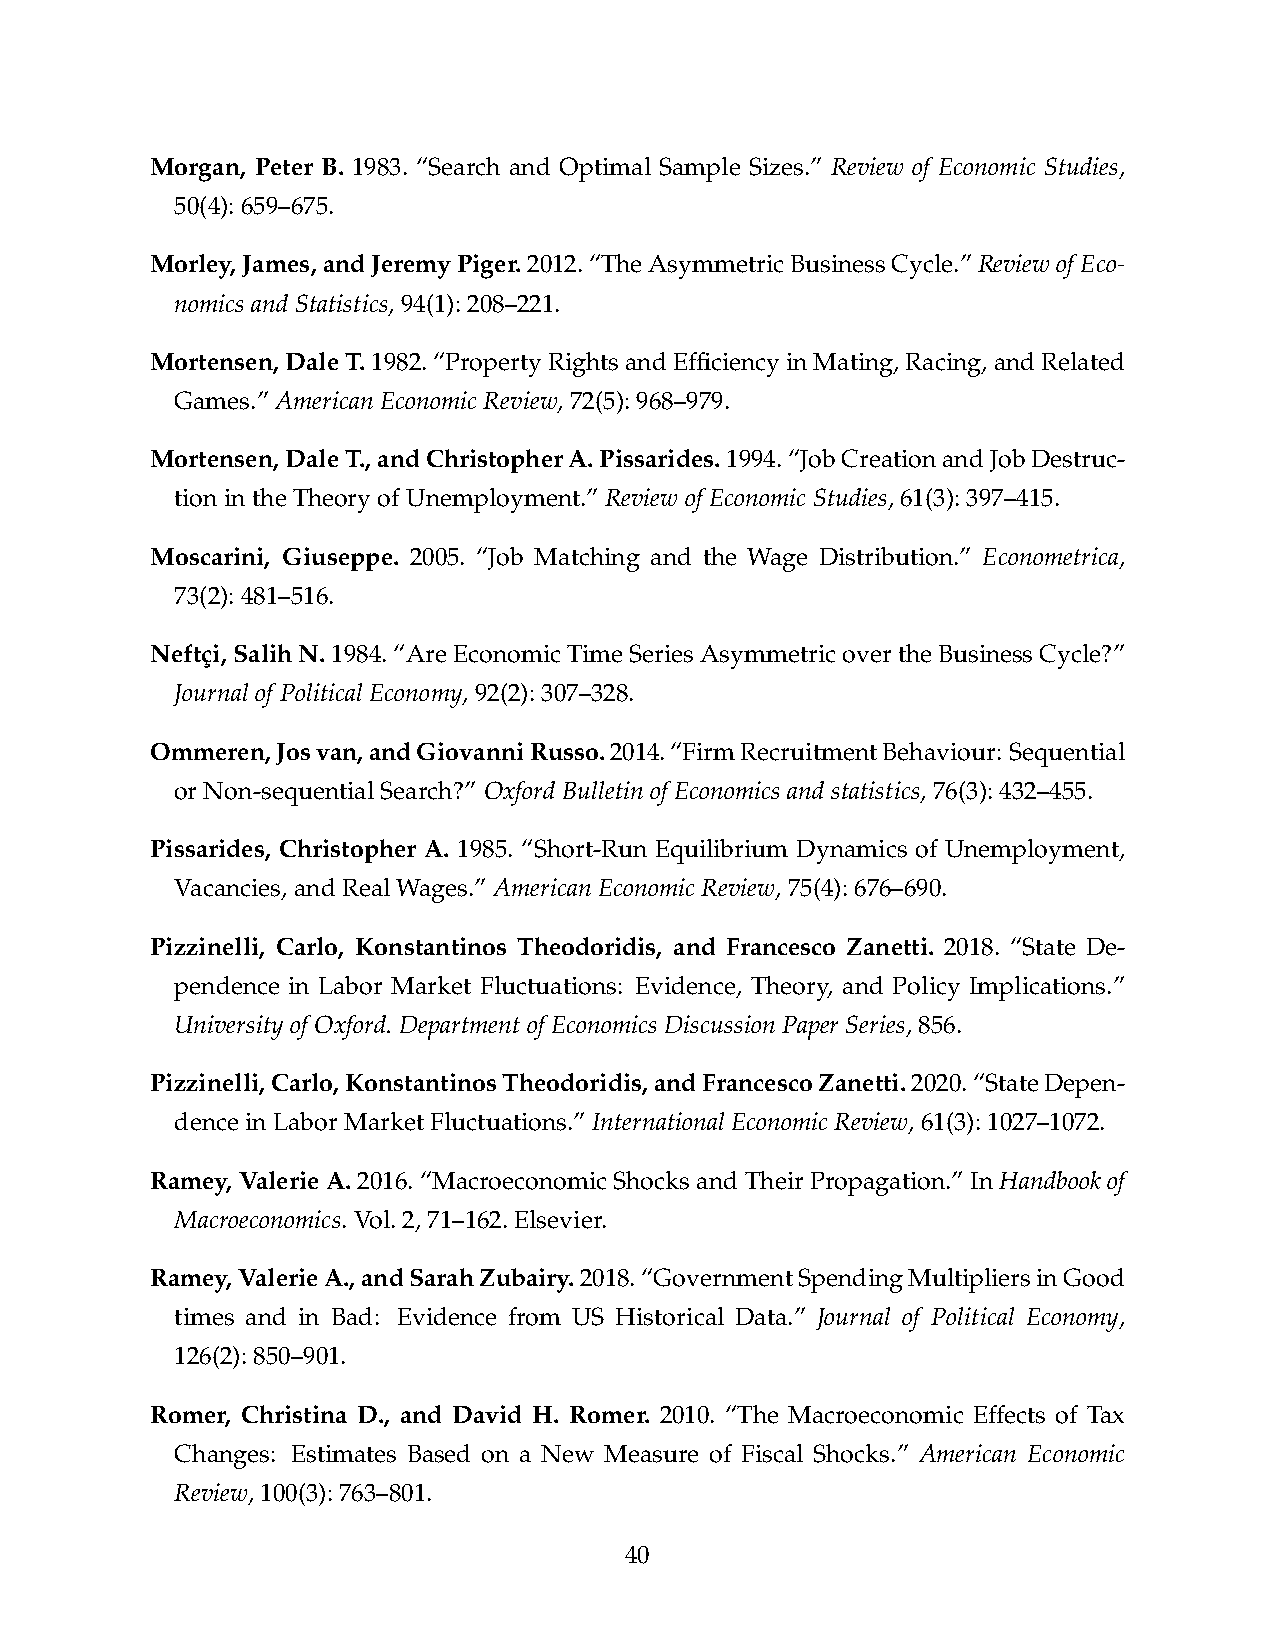
Morgan, Peter B. 1983. “Search and Optimal Sample Sizes.” Review of Economic Studies,
 50(4):659–675.
 Morley,James,andJeremyPiger.2012.“TheAsymmetricBusinessCycle.”ReviewofEco-
 nomicsandStatistics,94(1):208–221.
 Mortensen,DaleT.1982.“PropertyRightsandEfficiencyinMating,Racing,andRelated
 Games.”AmericanEconomicReview,72(5):968–979.
 Mortensen,DaleT.,andChristopherA.Pissarides.1994.“JobCreationandJobDestruc-
 tionintheTheoryofUnemployment.”ReviewofEconomicStudies,61(3):397–415.
 Moscarini, Giuseppe. 2005. “Job Matching and the Wage Distribution.” Econometrica,
 73(2):481–516.
 Neftçi,SalihN.1984.“AreEconomicTimeSeriesAsymmetricovertheBusinessCycle?”
 JournalofPoliticalEconomy,92(2):307–328.
 Ommeren,Josvan,andGiovanniRusso.2014.“FirmRecruitmentBehaviour: Sequential
 orNon-sequentialSearch?” OxfordBulletinofEconomicsandstatistics,76(3):432–455.
 Pissarides, Christopher A. 1985. “Short-Run Equilibrium Dynamics of Unemployment,
 Vacancies,andRealWages.”AmericanEconomicReview,75(4):676–690.
 Pizzinelli, Carlo, Konstantinos Theodoridis, and Francesco Zanetti. 2018. “State De-
 pendence in Labor Market Fluctuations: Evidence, Theory, and Policy Implications.”
 UniversityofOxford.DepartmentofEconomicsDiscussionPaperSeries,856.
 Pizzinelli,Carlo,KonstantinosTheodoridis,andFrancescoZanetti.2020.“StateDepen-
 denceinLaborMarketFluctuations.”InternationalEconomicReview,61(3):1027–1072.
 Ramey, Valerie A. 2016. “Macroeconomic Shocks and Their Propagation.” In Handbook of
 Macroeconomics.Vol.2,71–162.Elsevier.
 Ramey,ValerieA.,andSarahZubairy.2018.“GovernmentSpendingMultipliersinGood
 times and in Bad: Evidence from US Historical Data.” Journal of Political Economy,
 126(2):850–901.
 Romer, Christina D., and David H. Romer. 2010. “The Macroeconomic Effects of Tax
 Changes: Estimates Based on a New Measure of Fiscal Shocks.” American Economic
 Review,100(3):763–801.
 40